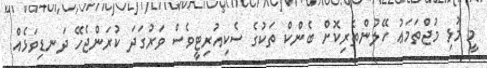
މީ މުޅި މުޖްތަމަޢު ހޭލުންތެރިކޮށް ބެންކް ތަކުގެ ސެކިއުރިޓީވެސް ވަރުގަދަ ކުރަންޖެހޭ ދަނޑިވަޅެއް.